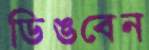
ডিঙবেন